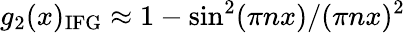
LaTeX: g_{2}(x)_{\mathrm{IFG}}\approx 1-\sin^{2}(\pi nx)/(\pi nx)^{2}